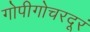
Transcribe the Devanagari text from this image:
गोपीगोचरदूरं